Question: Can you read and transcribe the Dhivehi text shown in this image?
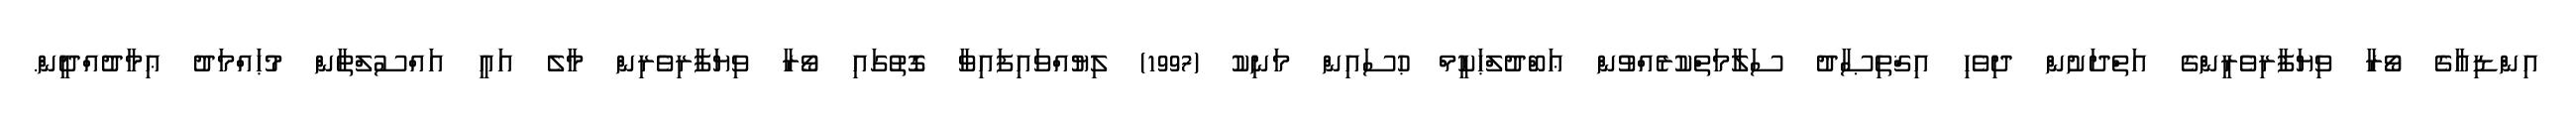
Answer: އިންޑިއާގެ ވޯރާ ވިޔަފާރިވެރީންގެ އަތްދަށުން ދިވެހި އިޤްތިޞާދު ސަލާމަތްކުރެއްވުން ޢަބްދުލްޙަކީމް ޙުސައިން މަނިކު (1997) ލިޔުއްވައިފައިވާ ގޮތުގައި ވޯރާ ވިޔަފާރިވެރިން މާލެ އައީ އައްސުލްޠާން މުޙައްމަދު ޢިމާދުއްދީން.